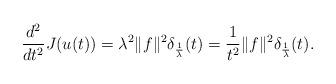
LaTeX: \begin{align*}\frac{d^2}{dt^2} J(u(t)) = \lambda^2 \Vert f \Vert^2 \delta_{\frac{1}\lambda}(t) = \frac{1}{t^2} \Vert f \Vert^2 \delta_{\frac{1}\lambda}(t) .\end{align*}